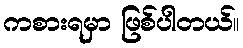
ကစားရမှာ ဖြစ်ပါတယ်။